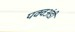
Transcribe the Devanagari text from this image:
पक्वअंडी